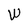
Character: W